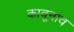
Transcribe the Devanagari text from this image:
कावूनाव